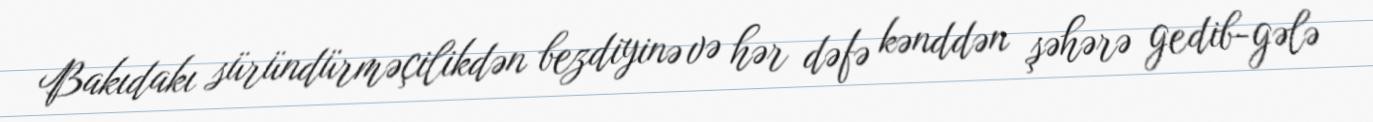
Bakıdakı süründürməçilikdən bezdiyinə və hər dəfə kənddən şəhərə gedib-gələ